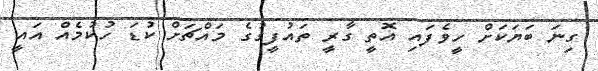
ގިނަ ބަޔަކަށް ހީވެފައި އޮތީ ގާރީ ތައުފީގުގެ މައްޗަށް ކުޑަ ހުކުމެއް އައީ